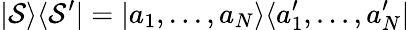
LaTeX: |\mathcal{S}\rangle\langle\mathcal{S}^{\prime}|=|a_{1},...,a_{N}\rangle\langle a_{1}^{\prime},...,a_{N}^{\prime}|